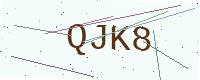
Text: QJK8